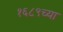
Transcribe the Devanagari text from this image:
१६८९च्या